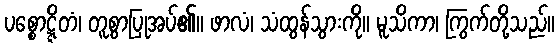
ပစ္စောဋ္ဋိတံ၊ တူစွာပြုအပ်၏။ ဖာလံ၊ သံထွန်သွားကို။ မူသိကာ၊ ကြွက်တို့သည်။